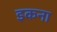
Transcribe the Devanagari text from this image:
इकना